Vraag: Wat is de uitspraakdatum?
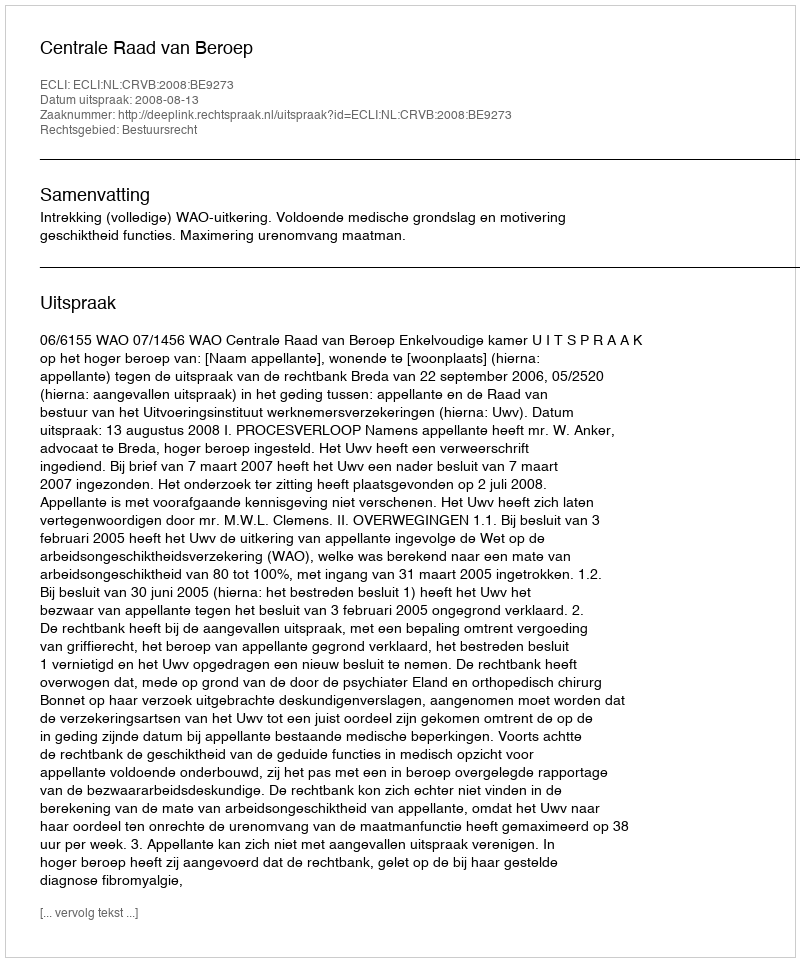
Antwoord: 2008-08-13